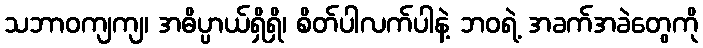
သဘာဝကျကျ၊ အဓိပ္ပာယ်ရှိရှိ၊ စိတ်ပါလက်ပါနဲ့ ဘဝရဲ့ အခက်အခဲတွေကို